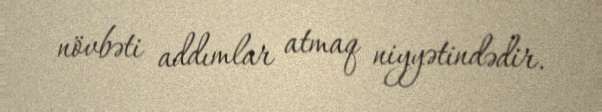
növbəti addımlar atmaq niyyətindədir.